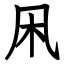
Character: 凩